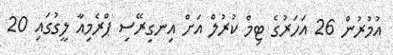
އުމުރުން 26 އަހަރުގެ ޓިމް ކުރުލް އަށް އިނގިރޭސި ޕްރެމިއާ ލީގުގައި 20